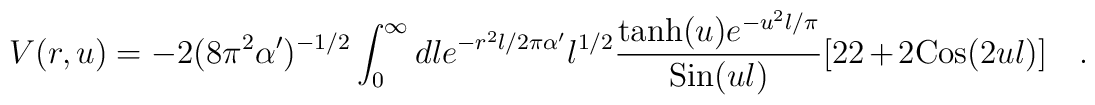
V(r,u) = - 2 (8 \pi^2 \alpha')^{-1/2}   \int_0^{\infty} dl e^{-r^2 l/2\pi\alpha' } {l}^{1/2} {{{\rm tanh}(u) e^{-u^2 l/\pi} }\over{ {\rm Sin}(ul)}} [ 22 + 2{\rm Cos}(2ul) ]  \quad .